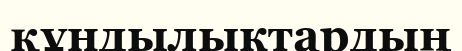
құндылыктардың